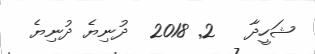
ޝަހީދާ   2